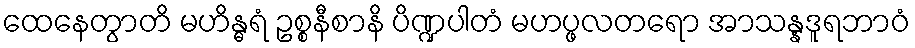
ထေနေတွာတိ မဟိန္ဓရံ ဥစ္စနီစာနိ ပိဏ္ဍပါတံ မဟပ္ဖလတရော အာသန္နဒူရဘာဝံ